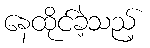
နေထိုင်ခဲ့သည့်